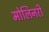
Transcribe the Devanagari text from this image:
मोलिनरी